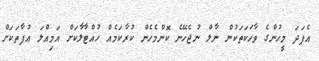
އެފަދަ މީހުންގެ ވާހަކަތަކުން ނާލް ނުޖެހޭނެ ކޮންމެހެން ކުރާކަމެއް ހުއްޓާލާކަށް އަމިއްލަ އުފާތަކަށް